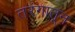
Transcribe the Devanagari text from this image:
तरंगातून